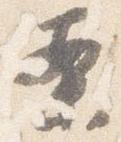
案